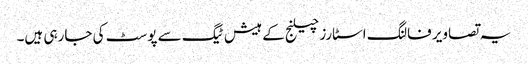
یہ تصاویر فالنگ اسٹارز چیلنج کے ہیش ٹیگ سے پوسٹ کی جارہی ہیں۔